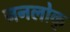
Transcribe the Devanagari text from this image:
जनलोक्